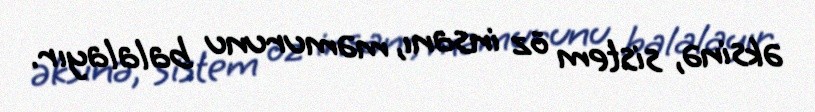
əksinə, sistem öz insanı, məmurunu balalayır.